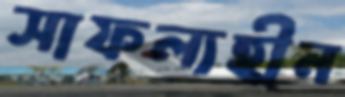
সাফল্যহীন